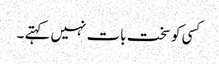
کسی کو سخت بات نہیں کہتے ۔